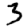
Digit: 3